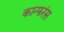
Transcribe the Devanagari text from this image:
कान्फरंस